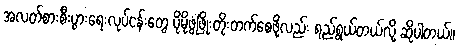
အလတ်စားစီးပွားရေးလုပ်ငန်းတွေ ပိုမိုဖွံ့ဖြိုးတိုးတက်စေဖို့လည်း ရည်ရွယ်တယ်လို့ ဆိုပါတယ်။